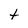
Character: t